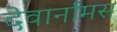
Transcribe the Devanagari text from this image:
देवार्नामस